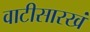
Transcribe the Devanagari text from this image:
वाटीसारखं